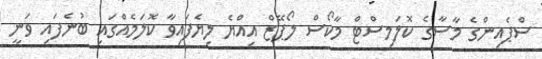
ސްޕެއިންގެ މާސާގެ ކޮލަމިސްޓް މާކޯސް ލޯޕޭޒް އިއްޔެ ލިޔެފައިވާ ކޮލަމެއްގައި ބުނެފައި ވަނީ